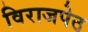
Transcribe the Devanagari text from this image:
विराजपेठ